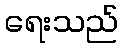
ရေးသည်